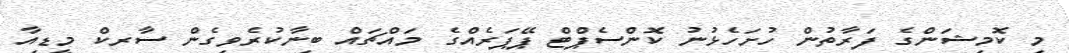
މި ކޮމިޝަންގެ ފަރާތުން ހުށަހެޅުނު ކޮންސެޕްޓް ޕޭޕަރެއްގެ މައްޗައް ބިނާކުރެވިގެން ސާރކް މީޑިއާ